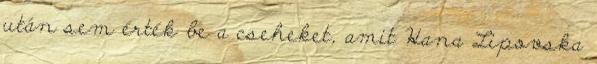
után sem érték be a cseheket, amit Hana Lipovska